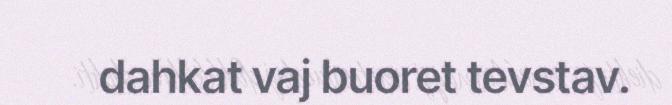
dahkat vaj buoret tevstav.